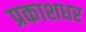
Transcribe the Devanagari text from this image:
प्रकाशधर